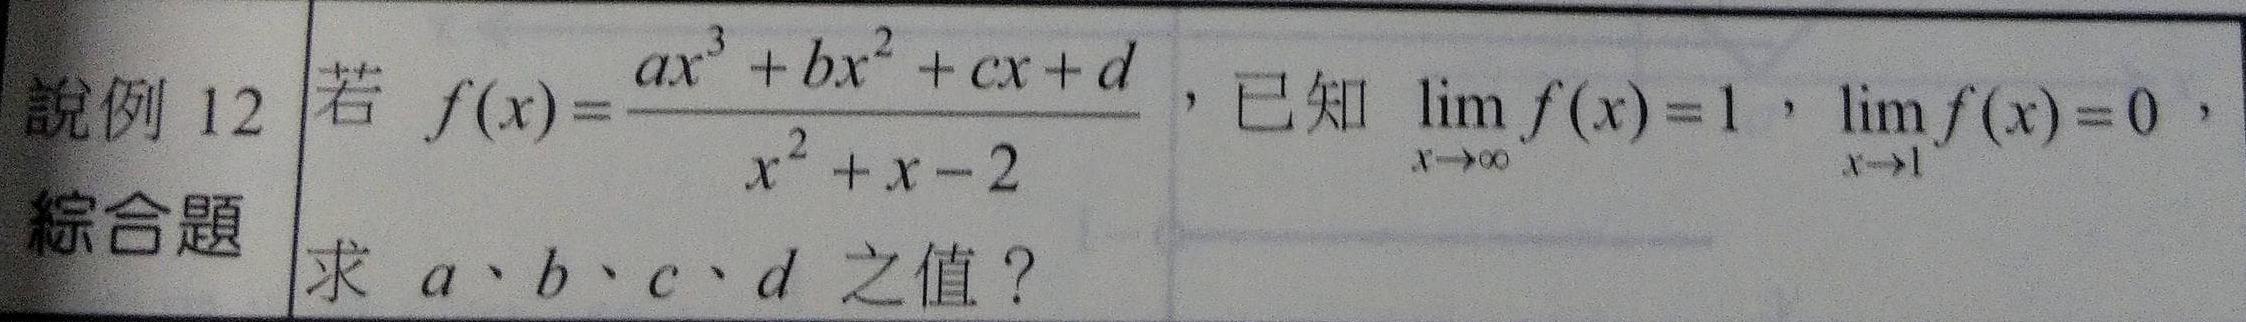
說例 12 綜合題
若 $f(x)=\frac{ax^{3}+bx^{2}+cx + d}{x^{2}+x - 2}$，已知 $\lim_{x\rightarrow\infty}f(x)=1$，$\lim_{x\rightarrow1}f(x)=0$，求 $a、b、c、d$ 之值？